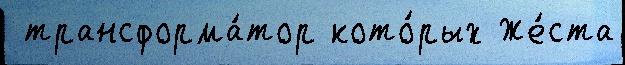
 трансформа́тор кото́рых Же́ста